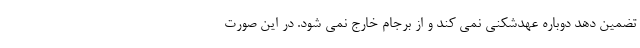
تضمین دهد دوباره عهدشکنی نمی کند و از برجام خارج نمی شود. در این صورت